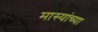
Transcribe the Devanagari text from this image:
मास्यांच्या